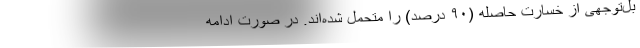
بل‌توجهی از خسارت حاصله (۹۰ درصد) را متحمل شده‌اند. در صورت ادامه